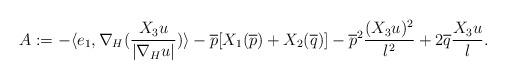
LaTeX: \begin{align*}A:=-\langle e_1,\nabla_H(\frac{X_3u}{|\nabla_Hu|})\rangle-\overline{p}[X_1(\overline{p})+X_2(\overline{q})]-\overline{p}^2\frac{(X_3u)^2}{l^2}+2\overline{q}\frac{X_3u}{l}.\end{align*}